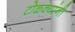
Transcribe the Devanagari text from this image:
टोळक्यांनी